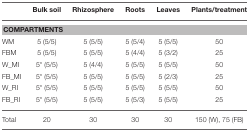
|  | Bulk soil | Rhizosphere | Roots | Leaves | Plants/treatment |
 | --- | --- | --- | --- | --- | --- |
 | <COLSPAN=6> COMPARTMENTS |
 | WM | 5 (5/5) | 5 (5/5) | 5 (5/4) | 5 (5/5) | 50 |
 | FBM | 5 (5/5) | 5 (5/5) | 5 (4/4) | 5 (3/2) | 25 |
 | W_MI | 5* (5/5) | 5 (4/4) | 5 (5/5) | 5 (5/5) | 50 |
 | FB_MI | 5* (5/5) | 5 (5/5) | 5 (5/5) | 5 (2/3) | 25 |
 | W_RI | 5* (5/5) | 5 (5/5) | 5 (5/5) | 5 (5/5) | 50 |
 | FB_RI | 5* (5/5) | 5 (5/5) | 5 (5/3) | 5 (5/5) | 25 |
 | Total | 20 | 30 | 30 | 30 | 150 (W), 75 (FB) |